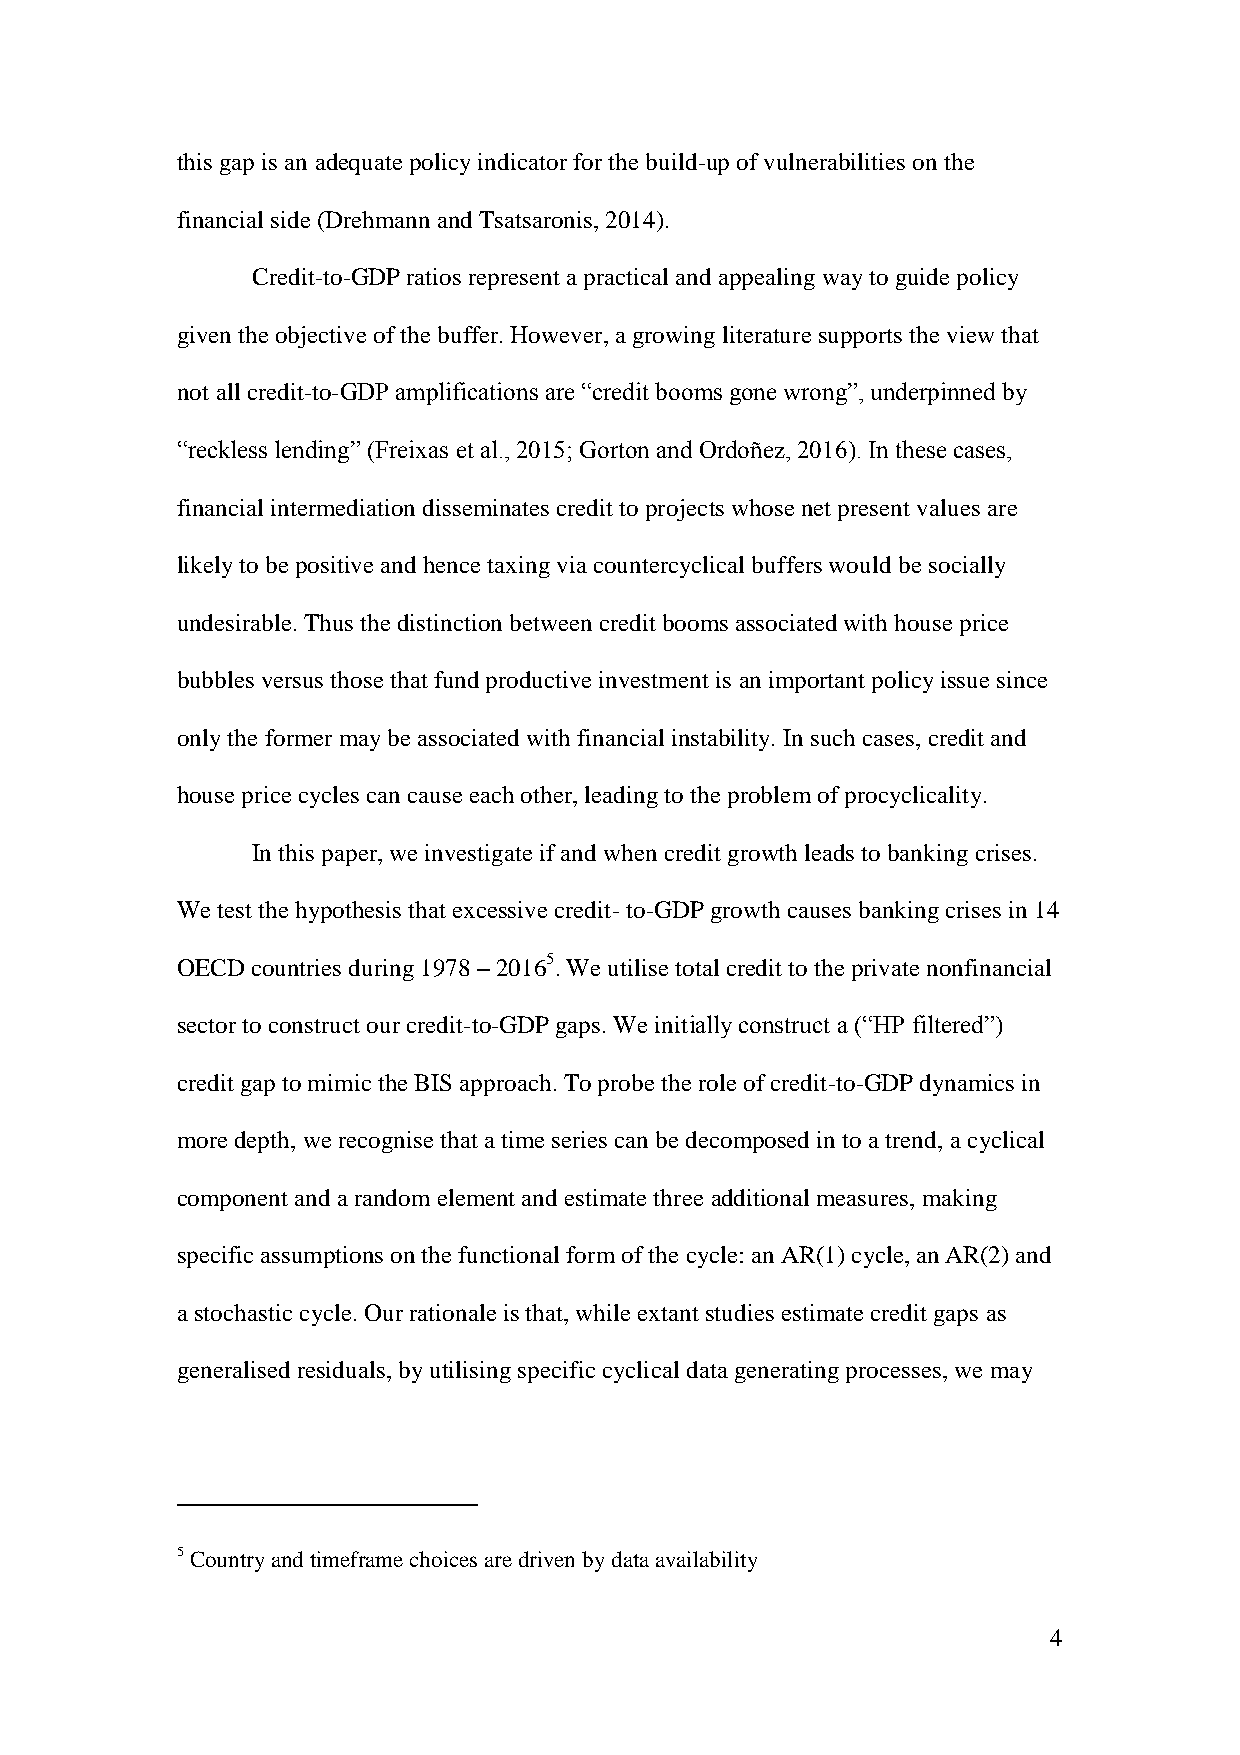
this gap is an adequate policy indicator for the build-up of vulnerabilities on the
 financial side (Drehmann and Tsatsaronis, 2014).
 Credit-to-GDP ratios represent a practical and appealing way to guide policy
 given the objective of the buffer. However, a growing literature supports the view that
 not all credit-to-GDP amplifications are “credit booms gone wrong”, underpinned by
 “reckless lending” (Freixas et al., 2015; Gorton and Ordoñez, 2016). In these cases,
 financial intermediation disseminates credit to projects whose net present values are
 likely to be positive and hence taxing via countercyclical buffers would be socially
 undesirable. Thus the distinction between credit booms associated with house price
 bubbles versus those that fund productive investment is an important policy issue since
 only the former may be associated with financial instability. In such cases, credit and
 house price cycles can cause each other, leading to the problem of procyclicality.
 In this paper, we investigate if and when credit growth leads to banking crises.
 We test the hypothesis that excessive credit- to-GDP growth causes banking crises in 14
 OECD countries during 1978 – 20165. We utilise total credit to the private nonfinancial
 sector to construct our credit-to-GDP gaps. We initially construct a (“HP filtered”)
 credit gap to mimic the BIS approach. To probe the role of credit-to-GDP dynamics in
 more depth, we recognise that a time series can be decomposed in to a trend, a cyclical
 component and a random element and estimate three additional measures, making
 specific assumptions on the functional form of the cycle: an AR(1) cycle, an AR(2) and
 a stochastic cycle. Our rationale is that, while extant studies estimate credit gaps as
 generalised residuals, by utilising specific cyclical data generating processes, we may
 5 Country and timeframe choices are driven by data availability
 4